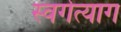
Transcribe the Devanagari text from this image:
स्वर्गत्याग